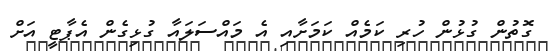
ގޮތުން ގުޅުން ހުރި ކަމެއް ކަމަށާއި އެ މައްސަލައާ ގުޅިގެން އެޕާޓީ އަށް